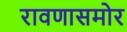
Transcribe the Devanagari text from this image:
रावणासमोर